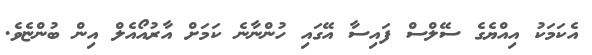
އެކަމަކު އިއްޔެގެ ސޭލްސް ފައިސާ އޭގައި ހުންނާނެ ކަމަށް އާރުއޯއެލް އިން ބުންޏެވެ.